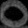
Digit: ၀